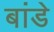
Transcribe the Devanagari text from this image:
बांडे